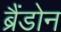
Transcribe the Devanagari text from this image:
ब्रैंडोन